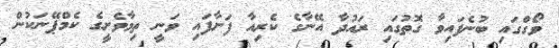
ވޯގްގައި ބުނެފައިވާ ގޮތުގައި ރައުދާ އޭނާގެ ކެރިއާ ފަށާފައި ވަނީ ތިމާވެށީގެ ކެމްޕޭނަކުން